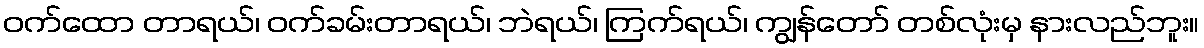
ဝက်ထော တာရယ်၊ ဝက်ခမ်းတာရယ်၊ ဘဲရယ်၊ ကြက်ရယ်၊ ကျွန်တော် တစ်လုံးမှ နားလည်ဘူး။